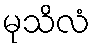
မုသိလံ